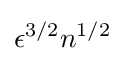
\epsilon ^{3/2}n^{1/2}